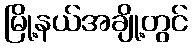
မြို့နယ်အချို့တွင်